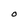
Character: o